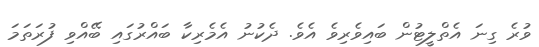
ވުރެ ގިނަ އެތްލީޓުން ބައިވެރިވެ އެވެ. ދެކުނު އެމެރިކާ ބައްރުގައި ބޭއްވި ފުރަތަމަ